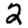
Digit: 2